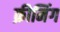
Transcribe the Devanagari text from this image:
क्रीमिंग